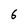
Character: 6